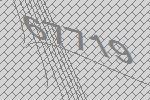
67719